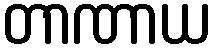
တာဏာယ